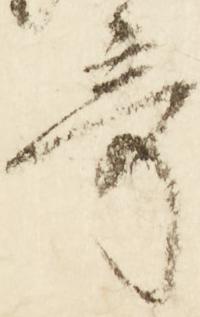
寄